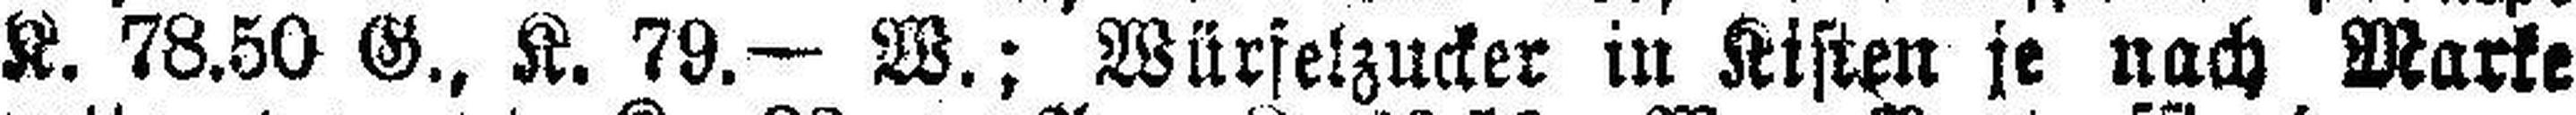
K. 78.50 G., K. 79.— W.; Würfelzucker in Kisten je nach Marke